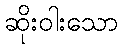
ဆိုးဝါးသော